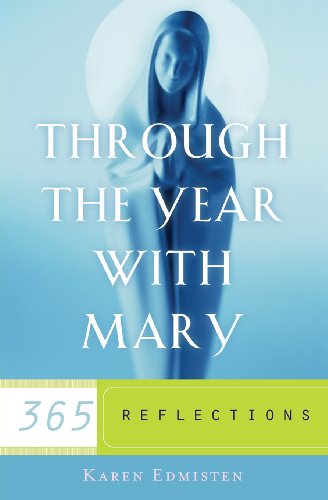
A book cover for Through the Year With Mary: 365 Reflections; Karen Edmisten; Christian Books & Bibles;